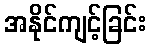
အနိုင်ကျင့်ခြင်း